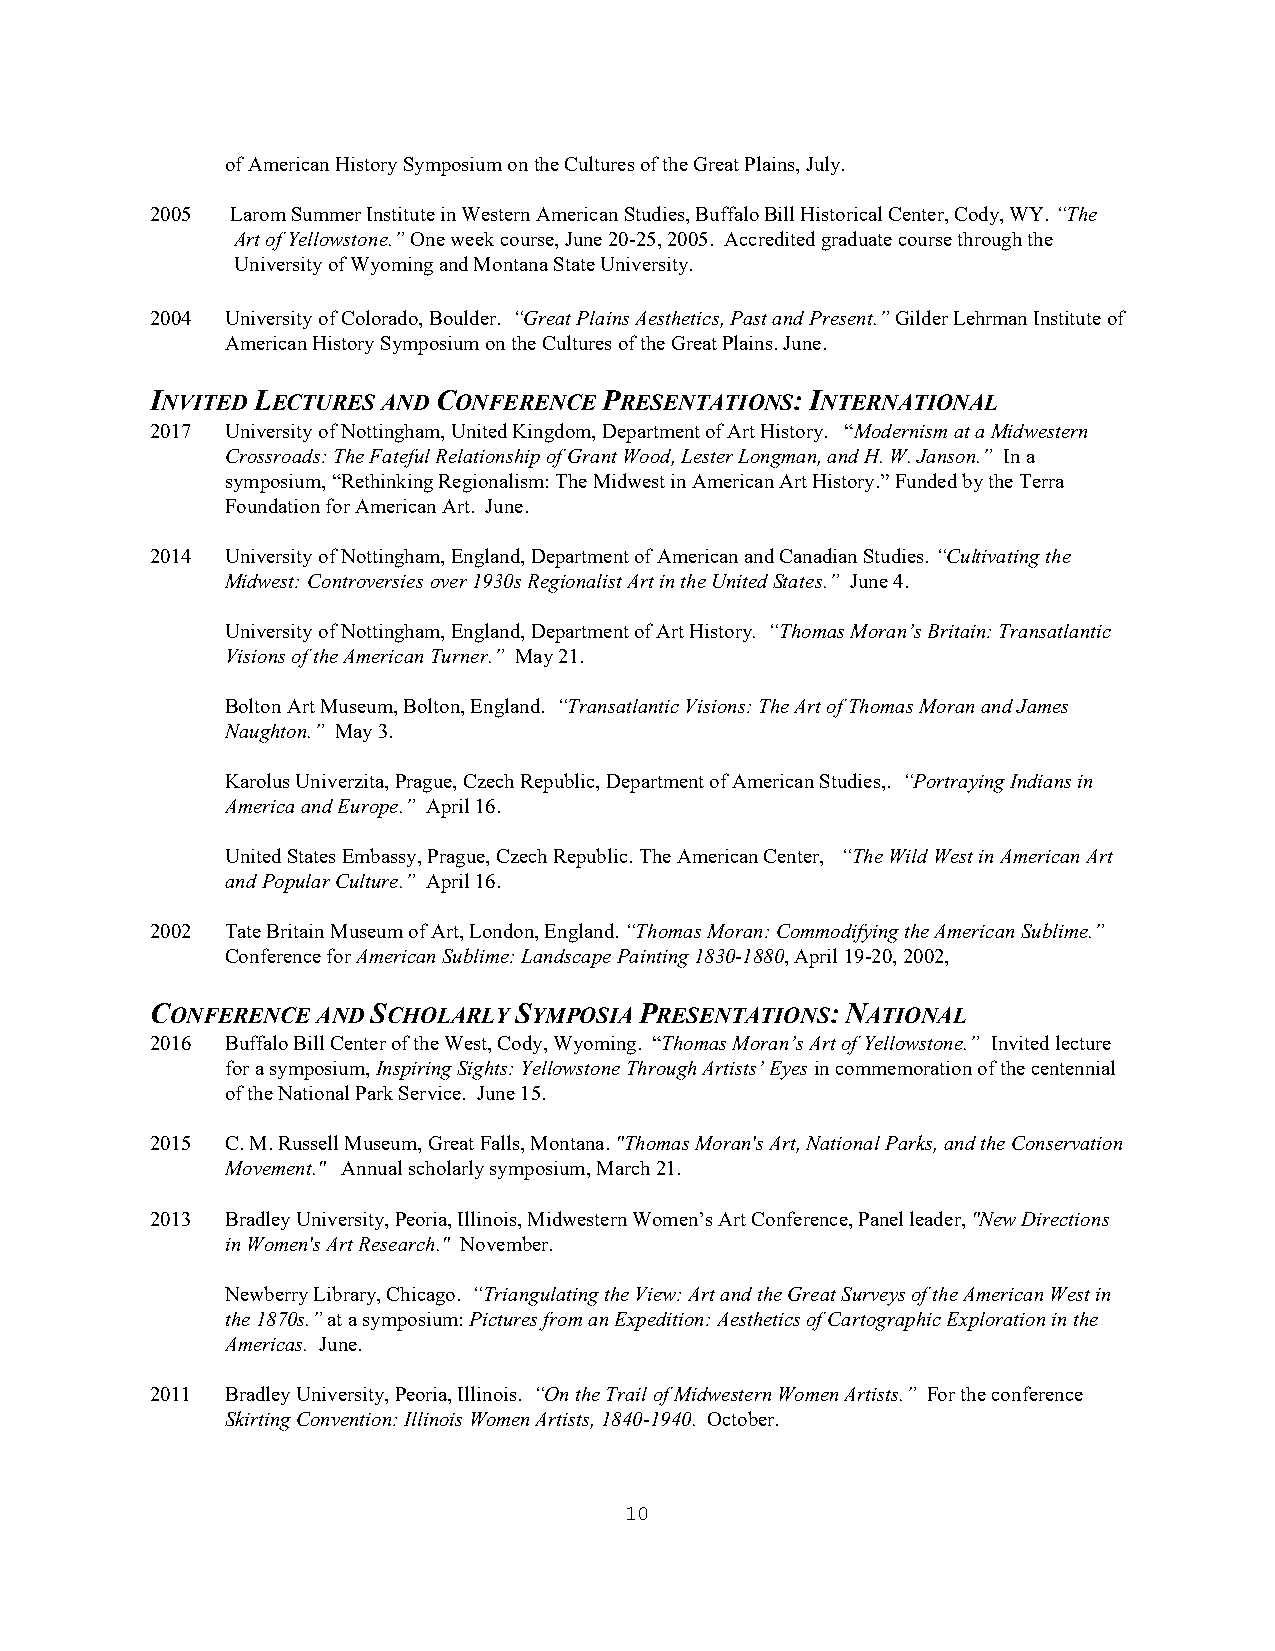
of American History Symposium on the Cultures of the Great Plains, July.
 2005 Larom Summer Institute in Western American Studies, Buffalo Bill Historical Center, Cody, WY. “The
 Art of Yellowstone.” One week course, June 20-25, 2005. Accredited graduate course through the
 University of Wyoming and Montana State University.
 2004 University of Colorado, Boulder. “Great Plains Aesthetics, Past and Present.” Gilder Lehrman Institute of
 American History Symposium on the Cultures of the Great Plains. June.
 INVITED LECTURES AND CONFERENCE PRESENTATIONS: INTERNATIONAL
 2017 University of Nottingham, United Kingdom, Department of Art History. “Modernism at a Midwestern
 Crossroads: The Fateful Relationship of Grant Wood, Lester Longman, and H. W. Janson.” In a
 symposium, “Rethinking Regionalism: The Midwest in American Art History.” Funded by the Terra
 Foundation for American Art. June.
 2014 University of Nottingham, England, Department of American and Canadian Studies. “Cultivating the
 Midwest: Controversies over 1930s Regionalist Art in the United States.” June 4.
 University of Nottingham, England, Department of Art History. “Thomas Moran’s Britain: Transatlantic
 Visions of the American Turner.” May 21.
 Bolton Art Museum, Bolton, England. “Transatlantic Visions: The Art of Thomas Moran and James
 Naughton.” May 3.
 Karolus Univerzita, Prague, Czech Republic, Department of American Studies,. “Portraying Indians in
 America and Europe.” April 16.
 United States Embassy, Prague, Czech Republic. The American Center, “The Wild West in American Art
 and Popular Culture.” April 16.
 2002 Tate Britain Museum of Art, London, England. “Thomas Moran: Commodifying the American Sublime.”
 Conference for American Sublime: Landscape Painting 1830-1880, April 19-20, 2002,
 CONFERENCE AND SCHOLARLY SYMPOSIA PRESENTATIONS: NATIONAL
 2016 Buffalo Bill Center of the West, Cody, Wyoming. “Thomas Moran’s Art of Yellowstone.” Invited lecture
 for a symposium, Inspiring Sights: Yellowstone Through Artists’ Eyes in commemoration of the centennial
 of the National Park Service. June 15.
 2015 C. M. Russell Museum, Great Falls, Montana. "Thomas Moran's Art, National Parks, and the Conservation
 Movement." Annual scholarly symposium, March 21.
 2013 Bradley University, Peoria, Illinois, Midwestern Women’s Art Conference, Panel leader, "New Directions
 in Women's Art Research." November.
 Newberry Library, Chicago. “Triangulating the View: Art and the Great Surveys of the American West in
 the 1870s.” at a symposium: Pictures from an Expedition: Aesthetics of Cartographic Exploration in the
 Americas. June.
 2011 Bradley University, Peoria, Illinois. “On the Trail of Midwestern Women Artists.” For the conference
 Skirting Convention: Illinois Women Artists, 1840-1940. October.
 10